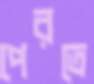
পেরতে